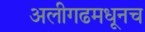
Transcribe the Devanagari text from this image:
अलीगढमधूनच